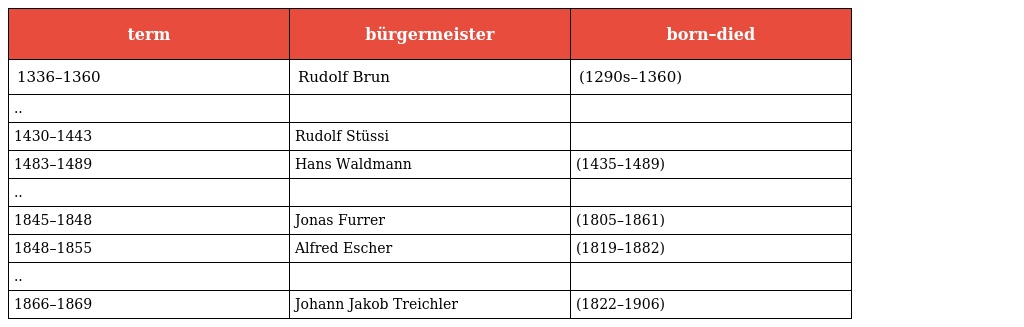
| term | bürgermeister | born–died |
 | --- | --- | --- |
 | 1336–1360 | Rudolf Brun | (1290s–1360) |
 | .. |  |  |
 | 1430–1443 | Rudolf Stüssi |  |
 | 1483–1489 | Hans Waldmann | (1435–1489) |
 | .. |  |  |
 | 1845–1848 | Jonas Furrer | (1805–1861) |
 | 1848–1855 | Alfred Escher | (1819–1882) |
 | .. |  |  |
 | 1866–1869 | Johann Jakob Treichler | (1822–1906) |